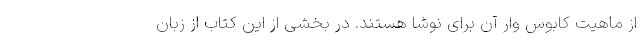
از ماهیت کابوس وار آن برای نوشا هستند. در بخشی از این کتاب از زبان